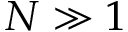
N \gg 1